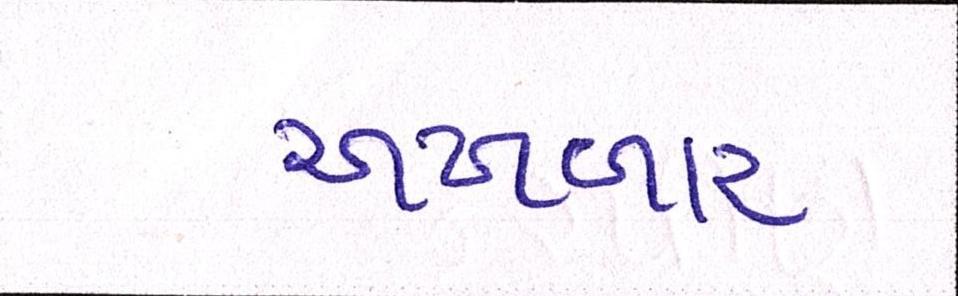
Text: અખબાર